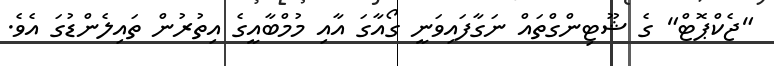
"ޖެކްޕޮޓް" ގެ ޝޫޓިންގްތައް ނަގާފައިވަނީ ގޯއާގަ އާއި މުމްބާއީގެ އިތުރުން ތައިލެންޑުގަ އެވެ.